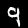
Label: 9